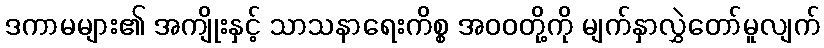
ဒကာမများ၏ အကျိုးနှင့် သာသနာရေးကိစ္စ အဝဝတို့ကို မျက်နှာလွှဲတော်မူလျက်